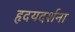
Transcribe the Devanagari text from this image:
हृदयदर्शना